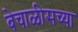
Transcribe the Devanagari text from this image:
बेचाळीसच्या